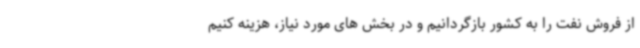
از فروش نفت را به کشور بازگردانیم و در بخش های مورد نیاز، هزینه کنیم